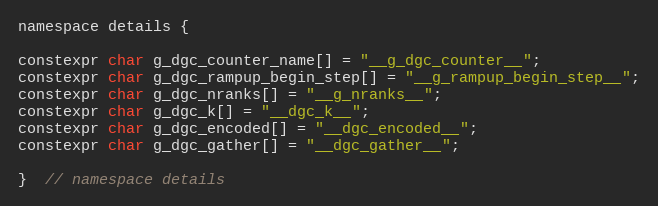
Language: C
namespace details {

constexpr char g_dgc_counter_name[] = "__g_dgc_counter__";
constexpr char g_dgc_rampup_begin_step[] = "__g_rampup_begin_step__";
constexpr char g_dgc_nranks[] = "__g_nranks__";
constexpr char g_dgc_k[] = "__dgc_k__";
constexpr char g_dgc_encoded[] = "__dgc_encoded__";
constexpr char g_dgc_gather[] = "__dgc_gather__";

}  // namespace details